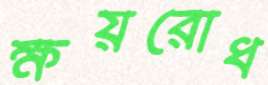
ক্ষয়রোধ